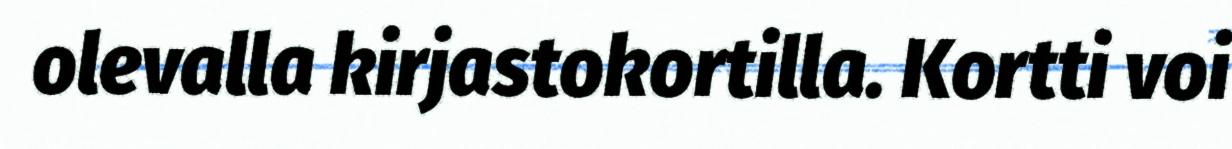
olevalla kirjastokortilla. Kortti voi